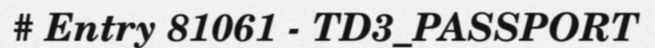
# Entry 81061 - TD3_PASSPORT